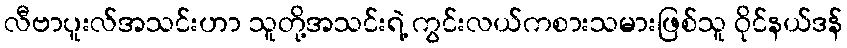
လီဗာပူးလ်အသင်းဟာ သူတို့အသင်းရဲ့ ကွင်းလယ်ကစားသမားဖြစ်သူ ဝိုင်နယ်ဒန်